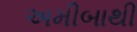
અમીબાથી